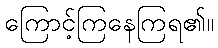
ကြောင့်ကြနေကြရ၏။